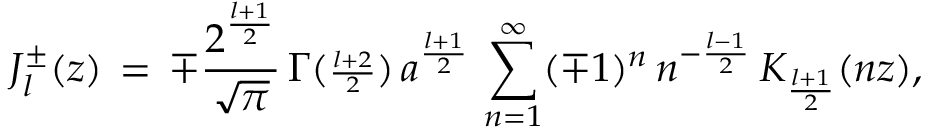
{ \cal J } _ { l } ^ { \pm } ( z ) \, = \, \mp \frac { 2 ^ { \frac { l + 1 } { 2 } } } { \sqrt { \pi } } \, { \Gamma } ( { \scriptstyle \frac { l + 2 } { 2 } } ) \, a ^ { \frac { l + 1 } { 2 } } \, \sum _ { n = 1 } ^ { \infty } ( \mp 1 ) ^ { n } \, n ^ { - \frac { l - 1 } { 2 } } \, K _ { \frac { l + 1 } { 2 } } ( n z ) ,